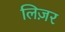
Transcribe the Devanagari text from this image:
लिज़र